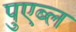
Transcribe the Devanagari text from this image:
पुएब्ल